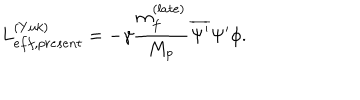
LaTeX: L _ { e f f , p r e s e n t } ^ { ( Y u k ) } = - \gamma \frac { m _ { f } ^ { ( l a t e ) } } { M _ { p } } \overline { { { \Psi ^ { \prime } } } } \Psi ^ { \prime } \phi .